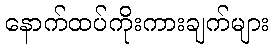
နောက်ထပ်ကိုးကားချက်များ